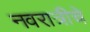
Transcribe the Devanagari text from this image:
नवरात्रीचे